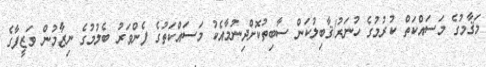
މަޤާމުގެ މަސައްކަތް ކުރުމުގެ ހުނަރު/ޤާބިލުކަން ސާބިތުކޮށްދިނުމާއެކު މަސައްކަތުގެ ފެންވަރު ބެލުމުގެ ނިޒާމުން ވަޒީފާގެ